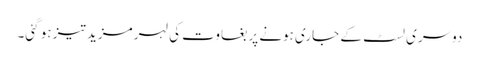
دوسری لسٹ کے جاری ہونے پر بغاوت کی لہر مزید تیز ہو گئی۔